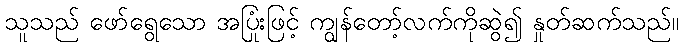
သူသည် ဖော်ရွေသော အပြုံးဖြင့် ကျွန်တော့်လက်ကိုဆွဲ၍ နှုတ်ဆက်သည်။